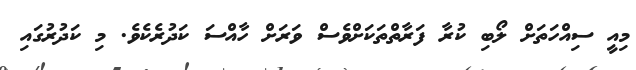
މިއީ ސިއްހަތަށް ލޯބި ކުރާ ފަރާތްތަކަށްވެސް ވަރަށް ހާއްސަ ކަދުރެކެވެ. މި ކަދުރުގައި